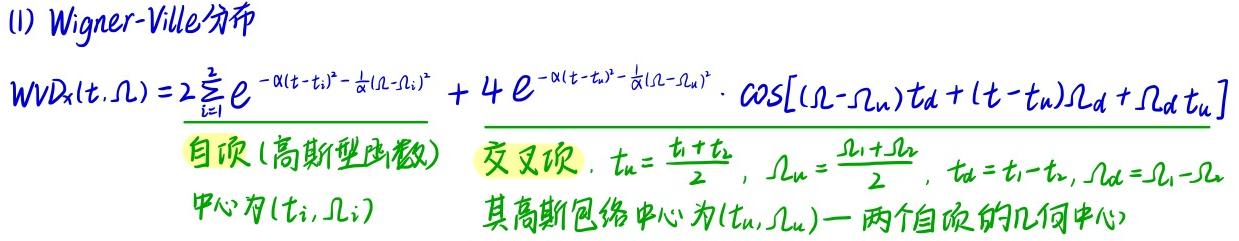
(1) Wigner-Ville分布
\[
WVD_x(t,\Omega)=2\underbrace{\sum_{i = 1}^{2}e^{-\alpha(t - t_i)^2-\frac{1}{\alpha}(\Omega - \Omega_i)^2}}_{\text{自项 (高斯型函数)}} + 4e^{-\alpha(t - t_u)^2-\frac{1}{\alpha}(\Omega - \Omega_u)^2}\cdot\cos[(\Omega - \Omega_u)t_d+(t - t_u)\Omega_d+\Omega_dt_u]
\]
交叉项：\(t_u=\frac{t_1 + t_2}{2}\)，\(\Omega_u=\frac{\Omega_1+\Omega_2}{2}\)，\(t_d=t_1 - t_2\)，\(\Omega_d=\Omega_1-\Omega_2\)
中心为\((t_i,\Omega_i)\)
其高斯包络中心为\((t_u,\Omega_u)\) (两个自项的几何中心)